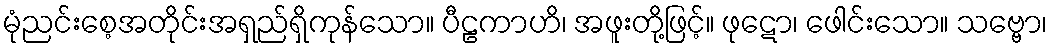
မုံညင်းစေ့အတိုင်းအရှည်ရှိကုန်သော။ ပီဠကာဟိ၊ အဖူးတို့ဖြင့်။ ဖုဋော၊ ဖေါင်းသော။ သဗ္ဗော၊